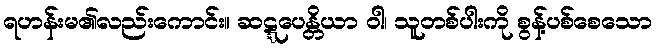
ရဟန်းမ၏လည်းကောင်း။ ဆဋ္ဋပေန္တိယာ ဝါ၊ သူတစ်ပါးကို စွန့်ပစ်စေသော